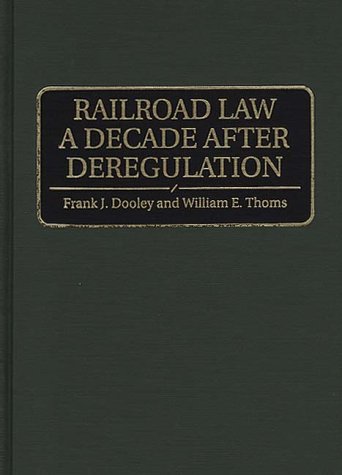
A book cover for Railroad Law a Decade after Deregulation; Frank J. Dooley; Law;